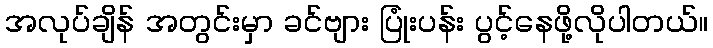
အလုပ်ချိန် အတွင်းမှာ ခင်ဗျား ပြုံးပန်း ပွင့်နေဖို့လိုပါတယ်။